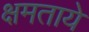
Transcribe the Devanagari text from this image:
क्षमताये